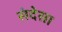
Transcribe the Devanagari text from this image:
संदेसा